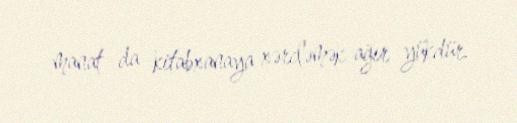
manat da kitabxanaya xərcləmək ağır yükdür.